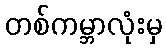
တစ်ကမ္ဘာလုံးမှ